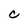
Character: C